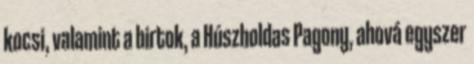
kocsi, valamint a birtok, a Húszholdas Pagony, ahová egyszer